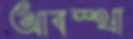
আবস্থা